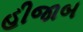
હીજાબ